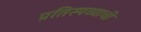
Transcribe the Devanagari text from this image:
प्रतिस्पध्याची